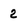
Character: 2